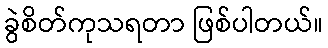
ခွဲစိတ်ကုသရတာ ဖြစ်ပါတယ်။